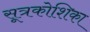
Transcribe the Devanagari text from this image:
सूत्रकोशिका